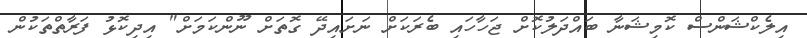
އިލެކްޝަންސް ކޮމިޝަނާ ބައްދަލުކޮށް ޖަހާހައި ބެރަކަށް ނަށައިދޭ ގޮތަށް ނޫންކަމަށް" އިދިކޮޅު ފަރާތްތަކުން